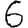
Digit: 6